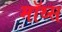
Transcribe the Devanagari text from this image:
मॉथ्स